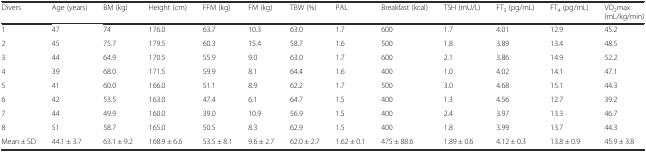
<table><thead><tr><td><b>Divers</b></td><td><b>Age (years)</b></td><td><b>BM (kg)</b></td><td><b>Height (cm)</b></td><td><b>FFM (kg)</b></td><td><b>FM (kg)</b></td><td><b>TBW (%)</b></td><td><b>PAL</b></td><td><b>Breakfast (kcal)</b></td><td><b>TSH (mU/L)</b></td><td><b>FT<sub>3</sub> (pg/mL)</b></td><td><b>FT<sub>4</sub> (pg/mL)</b></td><td><b>VO<sub>2</sub>max (mL/kg/min)</b></td></tr></thead><tbody><tr><td>1</td><td>47</td><td>74</td><td>176.0</td><td>63.7</td><td>10.3</td><td>63.0</td><td>1.7</td><td>600</td><td>1.7</td><td>4.01</td><td>12.9</td><td>45.2</td></tr><tr><td>2</td><td>45</td><td>75.7</td><td>179.5</td><td>60.3</td><td>15.4</td><td>58.7</td><td>1.6</td><td>500</td><td>1.8</td><td>3.89</td><td>13.4</td><td>48.5</td></tr><tr><td>3</td><td>44</td><td>64.9</td><td>170.5</td><td>55.9</td><td>9.0</td><td>63.0</td><td>1.7</td><td>600</td><td>2.1</td><td>3.86</td><td>14.9</td><td>52.2</td></tr><tr><td>4</td><td>39</td><td>68.0</td><td>171.5</td><td>59.9</td><td>8.1</td><td>64.4</td><td>1.6</td><td>400</td><td>1.0</td><td>4.02</td><td>14.1</td><td>47.1</td></tr><tr><td>5</td><td>41</td><td>60.0</td><td>166.0</td><td>51.1</td><td>8.9</td><td>62.2</td><td>1.7</td><td>500</td><td>3.0</td><td>4.68</td><td>15.1</td><td>44.3</td></tr><tr><td>6</td><td>42</td><td>53.5</td><td>163.0</td><td>47.4</td><td>6.1</td><td>64.7</td><td>1.5</td><td>400</td><td>1.3</td><td>4.56</td><td>12.7</td><td>39.2</td></tr><tr><td>7</td><td>44</td><td>49.9</td><td>160.0</td><td>39.0</td><td>10.9</td><td>56.9</td><td>1.5</td><td>400</td><td>2.4</td><td>3.97</td><td>13.3</td><td>46.7</td></tr><tr><td>8</td><td>51</td><td>58.7</td><td>165.0</td><td>50.5</td><td>8.3</td><td>62.9</td><td>1.5</td><td>400</td><td>1.8</td><td>3.99</td><td>13.7</td><td>44.3</td></tr><tr><td>Mean ± SD</td><td>44.1 ± 3.7</td><td>63.1 ± 9.2</td><td>168.9 ± 6.6</td><td>53.5 ± 8.1</td><td>9.6 ± 2.7</td><td>62.0 ± 2.7</td><td>1.62 ± 0.1</td><td>475 ± 88.6</td><td>1.89 ± 0.6</td><td>4.12 ± 0.3</td><td>13.8 ± 0.9</td><td>45.9 ± 3.8</td></tr></tbody></table>